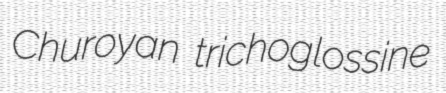
Churoyan trichoglossine